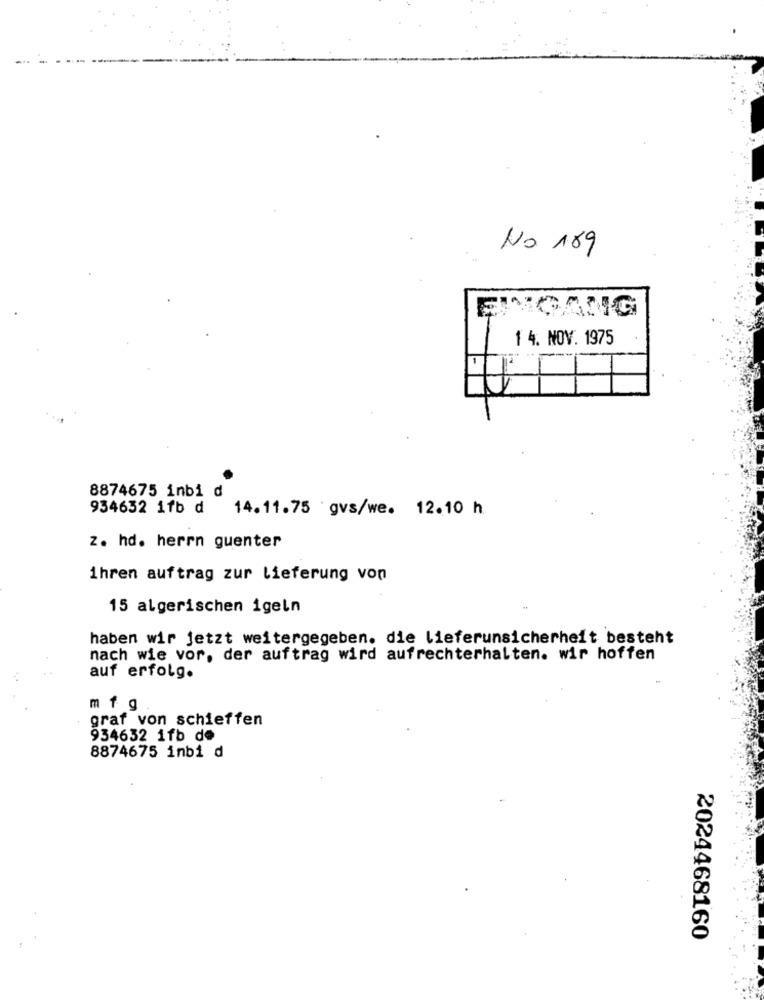
No 189
1 4. NOV. 1975
8874675 inbi d
934652 1fb d
14.11.75 gvs/we. 12.10 h
z. hd. herrn guenter
ihren auftrag zur Lieferung von
15 algerischen igeln
haben wir jetzt weitergegeben. die lieferunsicherheit besteht
nach wie vor, der auftrag wird aufrechterhalten. wir hoffen
auf erfolg.
mf g
graf von schieffen
934632 1fb de
8874675 inbi d
2024468160